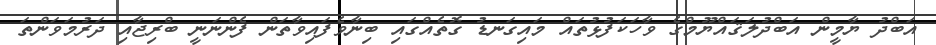
އަބްދު ޔާމީން އަބްދުލަޤައްޔޫމްގެ ވާހަކަފުޅުތައް މައިގަނޑު ގޮތެއްގައި ބިނާވެފައިވާތަން ފެންނަނީ ބްރިޖާއި ދަރުމަވަންތަ